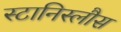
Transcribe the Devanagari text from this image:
स्टानिस्लौस